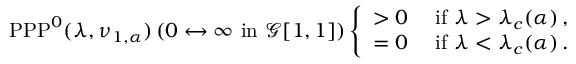
\mathrm { P P P } ^ { 0 } ( \lambda , \nu _ { 1 , \alpha } ) \left( 0 \leftrightarrow \infty \mathrm { ~ i n ~ } \ensuremath { \mathcal G } [ 1 , 1 ] \right) \left\{ \begin{array} { l l } { > 0 } & { \mathrm { ~ i f ~ } \lambda > \lambda _ { c } ( \alpha ) \, , } \\ { = 0 } & { \mathrm { ~ i f ~ } \lambda < \lambda _ { c } ( \alpha ) \, . } \end{array} \right.